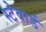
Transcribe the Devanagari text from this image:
स्टेवार्ड